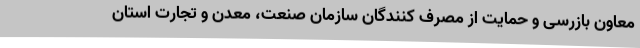
معاون بازرسی و حمایت از مصرف کنندگان سازمان صنعت، معدن و تجارت استان